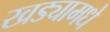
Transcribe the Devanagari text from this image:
खड्यामधे